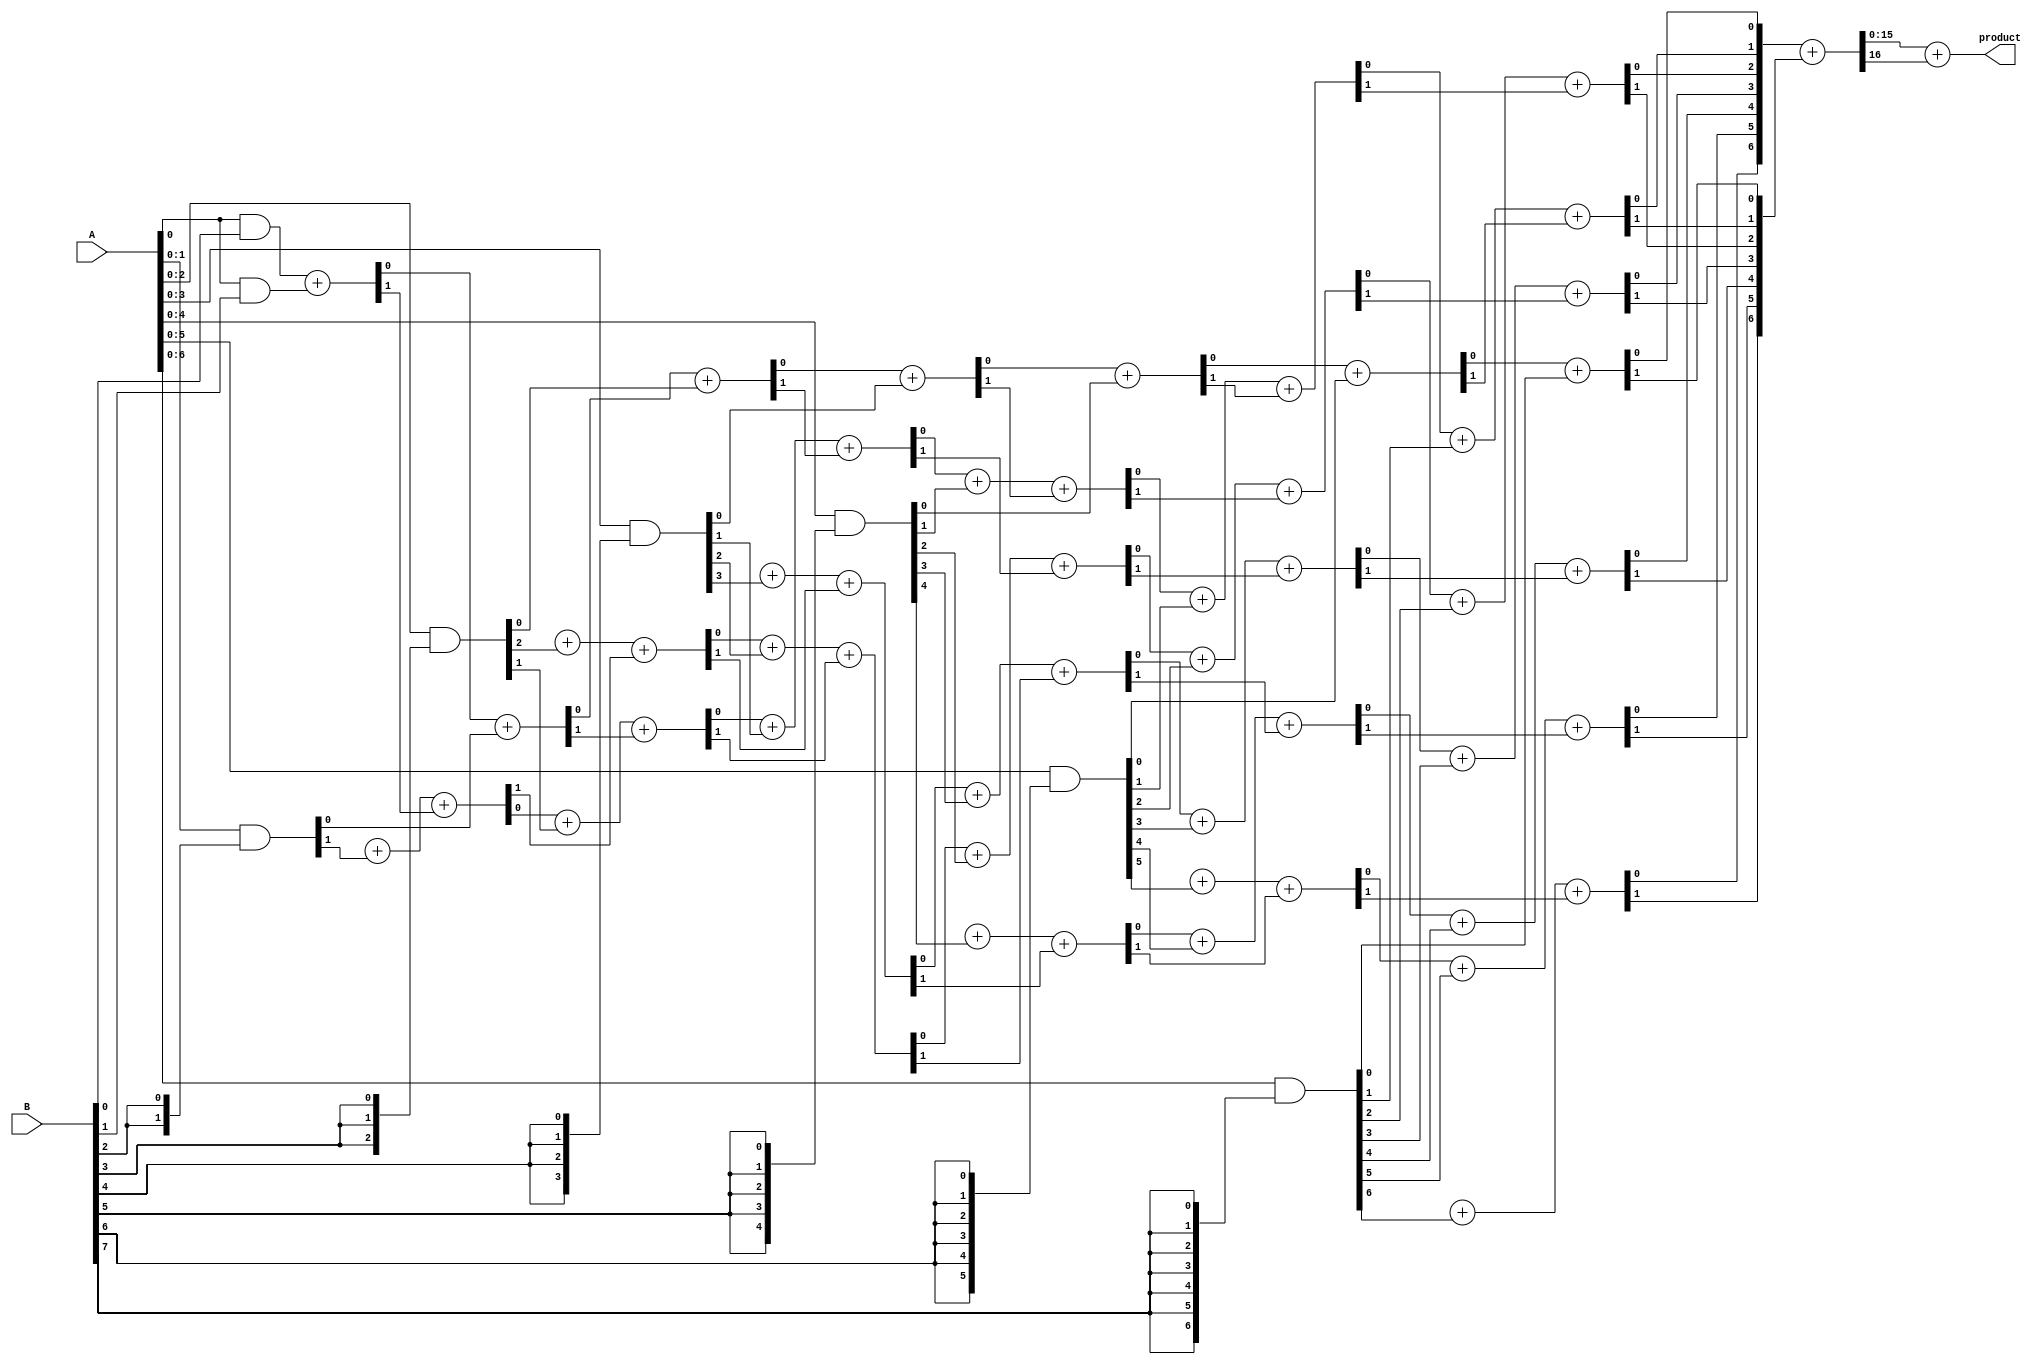
module WallaceTreeMultiplier #(parameter N = 8) (
    input  wire [N-1:0] A,
    input  wire [N-1:0] B,
    output wire [2*N-1:0] product
);

    // Partial Product Generation
    wire [N-1:0] pp [0:N-1]; // Partial products

    genvar i, j;
    generate
        for (i = 0; i < N; i = i + 1) begin : gen_partial_products
            assign pp[i] = A & {N{B[i]}};
        end
    endgenerate

    // Wallace Tree Reduction
    wire [2*N-1:0] sum [0:N-1];
    wire [N-1:0] carry [0:N-1];

    // Initial stage of reduction
    assign sum[0] = pp[0];
    assign carry[0] = 0;

    generate
        for (i = 1; i < N; i = i + 1) begin : reduction_stage
            wire [2*N-1:0] sum_temp;
            wire [N-1:0] carry_temp;

            // Full adders and half adders for reduction
            for (j = 0; j < i; j = j + 1) begin : adders
                if (j == 0) begin
                    assign {carry_temp[j], sum_temp[j]} = sum[i-1][j] + pp[i][j];
                end else if (j < i) begin
                    assign {carry_temp[j], sum_temp[j]} = sum[i-1][j] + pp[i][j] + carry[i-1][j-1];
                end else begin
                    assign sum_temp[j] = sum[i-1][j];
                    assign carry_temp[j] = carry[i-1][j-1];
                end
            end

            assign sum[i] = sum_temp;
            assign carry[i] = carry_temp;
        end
    endgenerate

    // Final addition
    wire [2*N-1:0] final_sum;
    wire [2*N-1:0] final_carry;

    assign {final_carry, final_sum} = sum[N-1] + carry[N-1];

    // Output the final product
    assign product = final_sum + final_carry;

endmodule